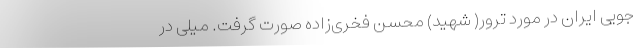
‌جویی ایران در مورد ترور( شهید) محسن فخری‌زاده صورت گرفت. میلی در